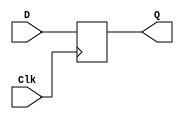
module PED (D, Clk, Q);
	input D, Clk;
	output reg Q;
	always @ (posedge Clk)
		Q = D;
endmodule